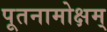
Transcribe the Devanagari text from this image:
पूतनामोक्षम्